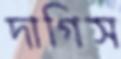
দাগিস